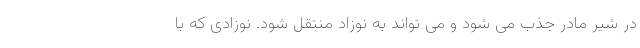
در شیر مادر جذب می شود و می تواند به نوزاد منتقل شود. نوزادی که با